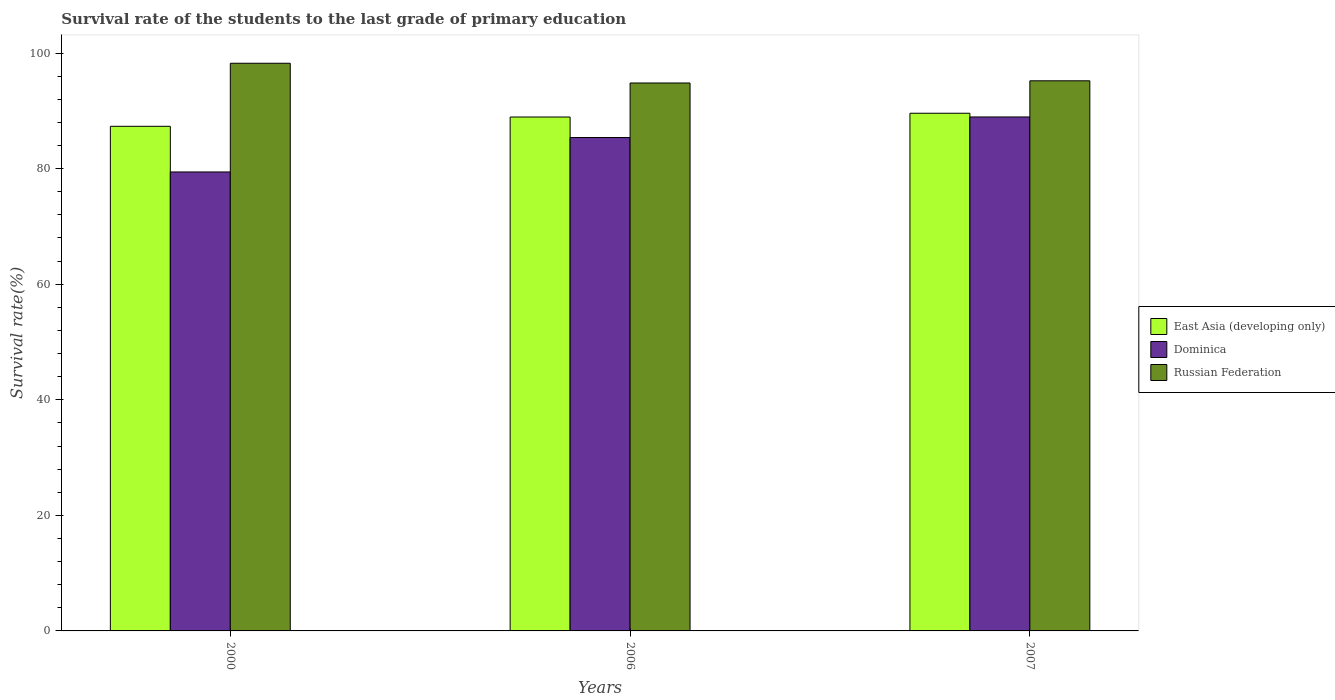
| Years | East Asia (developing only) | Dominica | Russian Federation |
 | --- | --- | --- | --- |
 | 2000 | 87.3 | 79.4 | 98.2 |
 | 2006 | 88.9 | 85.4 | 94.8 |
 | 2007 | 89.6 | 88.9 | 95.2 |